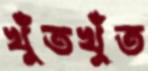
খুঁতখুঁত